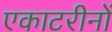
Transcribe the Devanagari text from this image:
एकाटरीनों